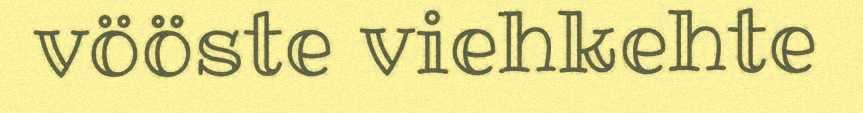
vööste viehkehte